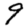
Digit: 9